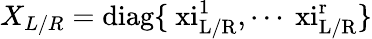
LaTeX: X_{L/R}=\mathrm{diag\lbrace\ xi_{L/R}^{1},\cdots\ xi_{L/R}^{r}\rbrace}